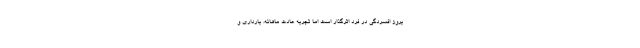
بروز افسردگی در فرد اثرگذار است اما تجربه عادت ماهانه، بارداری و